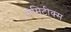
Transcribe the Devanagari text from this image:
सेमिटीक्स